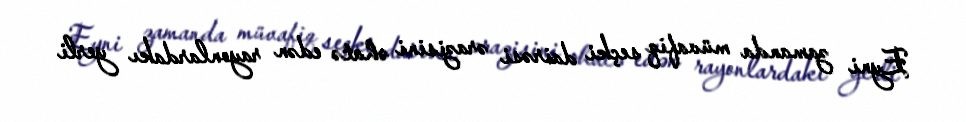
Eyni zamanda müvafiq seçki dairəsi ərazisini əhatə edən rayonlardakı yerli